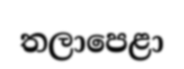
තලාපෙළා